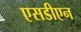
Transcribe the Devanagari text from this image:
एसडीएन